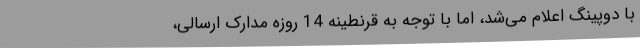
با دوپینگ اعلام می‌شد، اما با توجه به قرنطینه 14 روزه مدارک ارسالی،